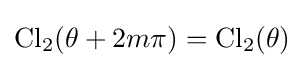
\operatorname {Cl} _{2}(\theta +2m\pi )=\operatorname {Cl} _{2}(\theta )